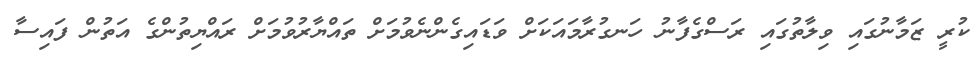
ކުރީ ޒަމާނުގައި ވިލާތުގައި ރަސްގެފާނު ހަނގުރާމައަކަށް ވަޑައިގެންނެވުމަށް ތައްޔާރުވުމަށް ރައްޔިތުންގެ އަތުން ފައިސާ